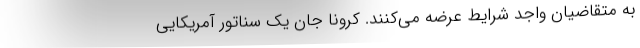
به متقاضیان واجد شرایط عرضه می‌کنند. کرونا جان یک سناتور آمریکایی